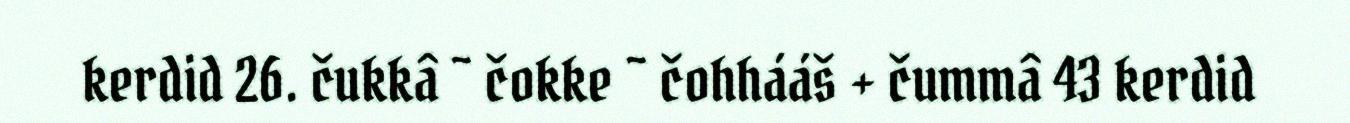
kerdid 26. čukkâ ~ čokke ~ čohhááš + čummâ 43 kerdid